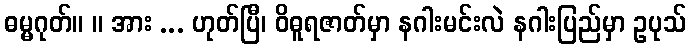
ဓမ္မဂုတ်။ ။ အား ... ဟုတ်ပြီ၊ ဝိဓူရဇာတ်မှာ နဂါးမင်းလဲ နဂါးပြည်မှာ ဥပုသ်